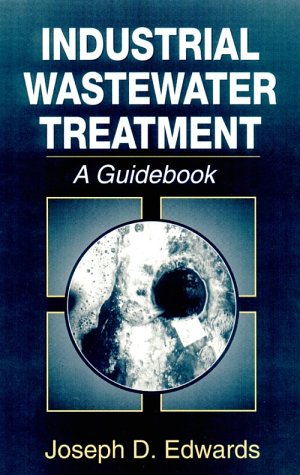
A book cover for Industrial Wastewater Treatment: A Guidebook; Joseph D. Edwards; Science & Math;